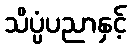
သိပ္ပံပညာနှင့်